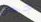
جحر